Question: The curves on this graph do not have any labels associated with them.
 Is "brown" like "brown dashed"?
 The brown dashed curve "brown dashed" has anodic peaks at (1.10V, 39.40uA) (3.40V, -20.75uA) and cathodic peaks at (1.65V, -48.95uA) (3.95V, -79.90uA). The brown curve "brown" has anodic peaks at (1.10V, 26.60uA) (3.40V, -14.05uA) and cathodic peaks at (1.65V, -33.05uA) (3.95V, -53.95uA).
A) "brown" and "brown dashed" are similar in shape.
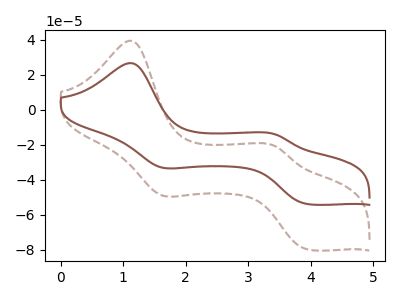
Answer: <think>All the peaks in "brown" have a peak in "brown dashed" at the same potential.
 </think>
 <answer>A) "brown" and "brown dashed" are similar in shape.</answer>
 <eval>A</eval>